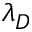
\lambda _ { D }